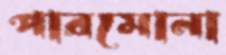
পারমোনা